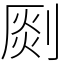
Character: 㓹